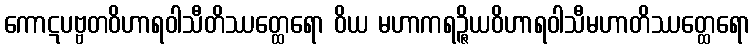
ကောဋပဗ္ဗတဝိဟာရဝါသီတိဿတ္ထေရော ဝိယ မဟာကရဉ္ဇိယဝိဟာရဝါသီမဟာတိဿတ္ထေရော